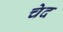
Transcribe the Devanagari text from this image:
चेद